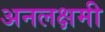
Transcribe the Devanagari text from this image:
अनलक्षमी